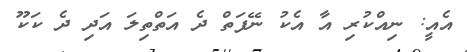
އެއީ: ނިއްކުރި އާ އެކު ނޭފަތް ދެ އަތްތިލަ އަދި ދެ ކަކޫ